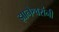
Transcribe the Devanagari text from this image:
झानेश्वरांनी